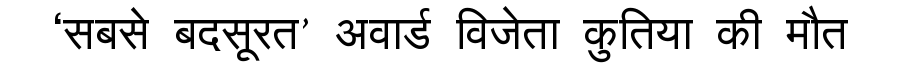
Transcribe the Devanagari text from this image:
‘सबसे बदसूरत’ अवार्ड विजेता कुतिया की मौत